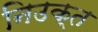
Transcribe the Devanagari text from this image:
निउक्त